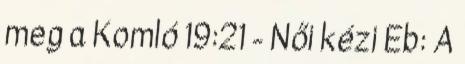
meg a Komló 19:21 - Női kézi Eb: A